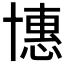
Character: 𠦽